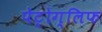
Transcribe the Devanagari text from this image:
पेट्रोग्लिफ